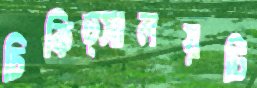
চিকিত্সালয়টি